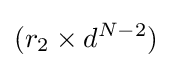
(r_{2}\times d^{N-2})